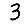
Digit: 3